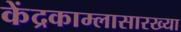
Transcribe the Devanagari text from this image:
केंद्रकाम्लासारख्या